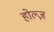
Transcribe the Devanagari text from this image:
होल्ज़